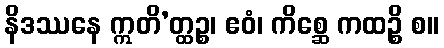
နိဒဿနေ ဣတိ’တ္ထဉ္စ၊ ဧဝံ၊ ကိစ္ဆေ ကထဉ္စိ စ။